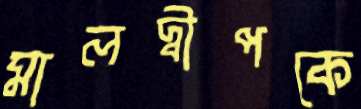
মালদ্বীপকে